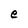
Character: e